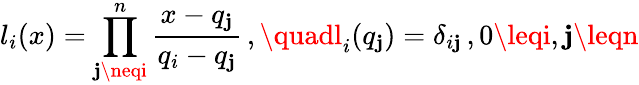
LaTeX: l_{i}(x)=\prod_{\mathbf{j}\neqi}^{n}\frac{{x-q_{\mathbf{j}}}}{{q_{i}-q_{\mathbf{j}}}}\, ,\quadl_{i}(q_{\mathbf{j}})=\delta_{i\mathbf{j}}\, ,0\leqi,\mathbf{j}\leqn